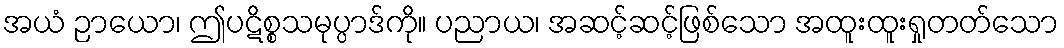
အယံ ဉာယော၊ ဤပဋိစ္စသမုပ္ပာဒ်ကို။ ပညာယ၊ အဆင့်ဆင့်ဖြစ်သော အထူးထူးရှုတတ်သော